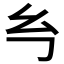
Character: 𭙈